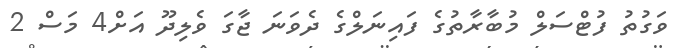
ވަގުތު ފުޓްސަލް މުބާރާތުގެ ފައިނަލްގެ ދެވަނަ ޖާގަ ވެލިދޫ އަށް4 މަސް 2